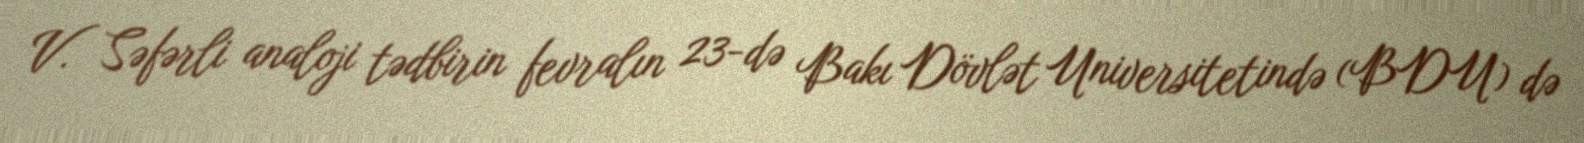
V. Səfərli analoji tədbirin fevralın 23-də Bakı Dövlət Universitetində (BDU) də